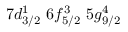
7 d _ { 3 / 2 } ^ { 1 } \, \, 6 f _ { 5 / 2 } ^ { 3 } \, \, 5 g _ { 9 / 2 } ^ { 4 }